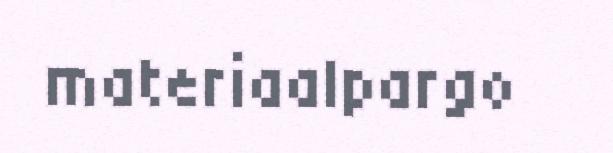
materiaalpargo